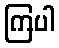
ကြပါ